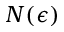
N ( \epsilon )